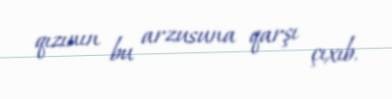
qızının bu arzusuna qarşı çıxıb.